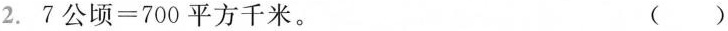
2. 7公顷=700平方千米。 ( )